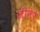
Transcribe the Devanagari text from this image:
जीनेरे